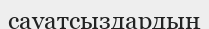
сауатсыздардың